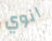
انوي